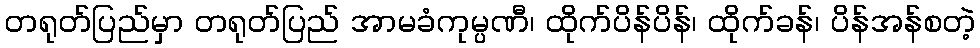
တရုတ်ပြည်မှာ တရုတ်ပြည် အာမခံကုမ္ပဏီ၊ ထိုက်ပိန်ပိန်၊ ထိုက်ခန်၊ ပိန်အန်စတဲ့